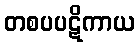
တစပပဋိကာယ